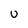
Character: U